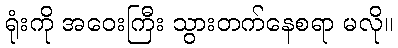
ရုံးကို အဝေးကြီး သွားတက်နေစရာ မလို။